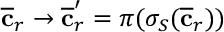
\overline { { \mathbf { c } } } _ { r } \to \overline { { \mathbf { c } } } _ { r } ^ { \prime } = \pi ( \sigma _ { S } ( \overline { { \mathbf { c } } } _ { r } ) )